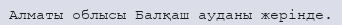
Алматы облысы Балқаш ауданы жерінде.